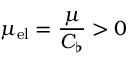
\mu _ { \mathrm { e l } } = \frac { \mu } { C _ { \flat } } > 0